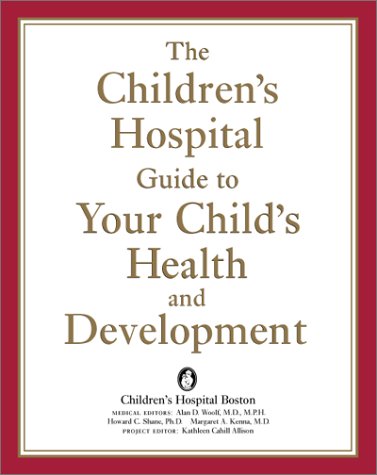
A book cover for The Children's Hospital Guide to Your Child's Health and Development; Children's Hospital; Parenting & Relationships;